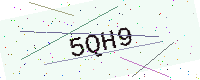
Text: 5QH9